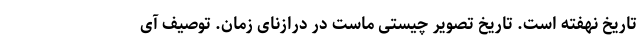
تاریخ نهفته است. تاریخ تصویر چیستی ماست در درازنای زمان. توصیف آی